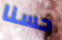
حسنا